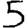
Digit: 5